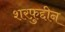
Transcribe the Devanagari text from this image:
शरफ़ुद्दीन